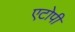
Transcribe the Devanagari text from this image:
एटोपी